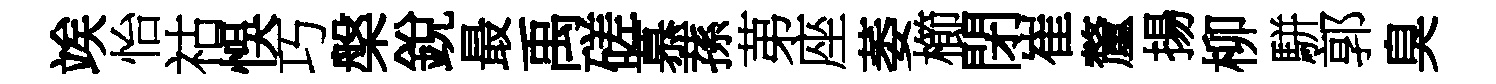
竢怡祜悞巧槃銳最禹磋慕蓀苐座萎櫛閉崔釐揚柳駢郭臭